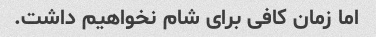
اما زمان کافی برای شام نخواهیم داشت.